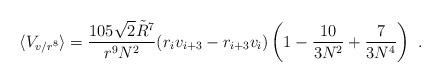
LaTeX: \begin{align*}\langle V_{v/r^8} \rangle = {105 \sqrt{2} \tilde{R}^7 \over r^9 N^2}(r_i v_{i+3} - r_{i+3}v_i)\left(1-{10 \over 3N^2} +{7 \over 3N^4}\right)\ .\end{align*}